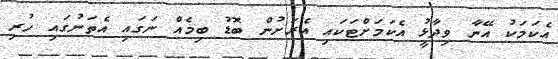
އެކަމަކު އޭނާ ވިދާޅުީ އެކަމަށްޓަކައި އެރަށުން ބޮޑު ބިމެއް ނަގައި އެތަނުގައި ހުރި